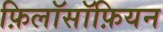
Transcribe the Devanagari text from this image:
फ़िलॉसॉफ़ियन